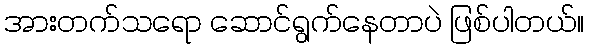
အားတက်သရော ဆောင်ရွက်နေတာပဲ ဖြစ်ပါတယ်။